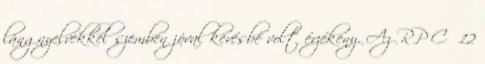
lángnyelvekkel szemben jóval kevésbé volt érzékeny. Az RP C 12